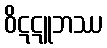
ဝိဋဋူဘဿ